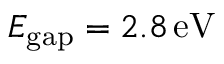
E _ { \mathrm { g a p } } = 2 . 8 \, \mathrm { e V }